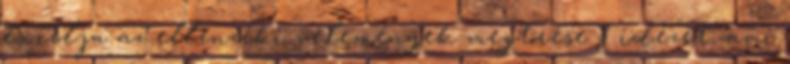
és célja az ellenzéki vélemények megtörése 8 idézet, ami